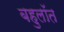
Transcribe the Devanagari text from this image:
बहुलॉत